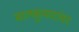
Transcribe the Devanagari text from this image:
बालकुमारांवर